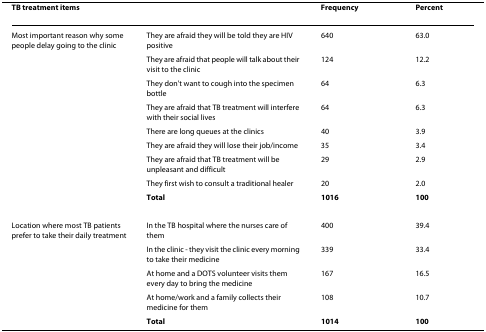
| TB treatment items |  | Frequency | Percent |
 | --- | --- | --- | --- |
 | Most important reason why some people delay going to the clinic | They are afraid they will be told they are HIV positive | 640 | 63.0 |
 |  | They are afraid that people will talk about their visit to the clinic | 124 | 12.2 |
 |  | They don't want to cough into the specimen bottle | 64 | 6.3 |
 |  | They are afraid that TB treatment will interfere with their social lives | 64 | 6.3 |
 |  | There are long queues at the clinics | 40 | 3.9 |
 |  | They are afraid they will lose their job/income | 35 | 3.4 |
 |  | They are afraid that TB treatment will be unpleasant and difficult | 29 | 2.9 |
 |  | They first wish to consult a traditional healer | 20 | 2.0 |
 |  | Total | 1016 | 100 |
 | Location where most TB patients prefer to take their daily treatment | In the TB hospital where the nurses care of them | 400 | 39.4 |
 |  | In the clinic - they visit the clinic every morning to take their medicine | 339 | 33.4 |
 |  | At home and a DOTS volunteer visits them every day to bring the medicine | 167 | 16.5 |
 |  | At home/work and a family collects their medicine for them | 108 | 10.7 |
 |  | Total | 1014 | 100 |